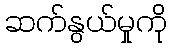
ဆက်နွယ်မှုကို